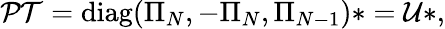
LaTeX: \mathcal{PT}=\textrm{diag}(\Pi_{N},-\Pi_{N},\Pi_{N-1})*=\mathcal{U}*,